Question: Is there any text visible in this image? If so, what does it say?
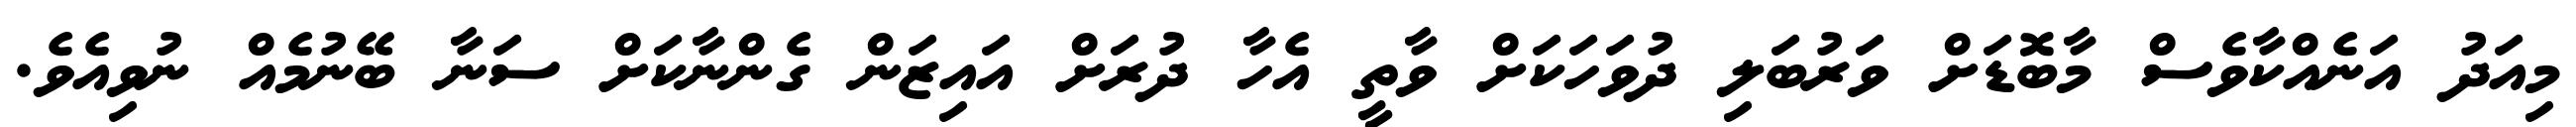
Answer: މިއަދު އަނެއްކާވެސް މާބޮޑަށް ވަރުބަލި ދުވަހަކަށް ވާތީ އެހާ ދުރަށް އައިޒަން ގެންނާކަށް ސަނާ ބޭނުމެއް ނުވިއެވެ.